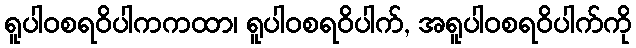
ရူပါဝစရဝိပါကကထာ၊ ရူပါဝစရဝိပါက်, အရူပါဝစရဝိပါက်ကို